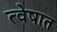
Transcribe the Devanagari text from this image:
त्वेषात